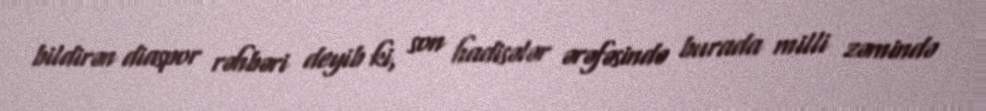
bildirən diaspor rəhbəri deyib ki, son hadisələr ərəfəsində burada milli zəmində